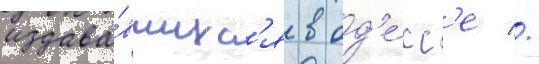
издава́вшихс'я в од'е́сс'е //